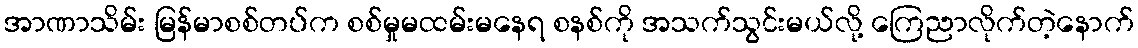
အာဏာသိမ်း မြန်မာစစ်တပ်က စစ်မှုမထမ်းမနေရ စနစ်ကို အသက်သွင်းမယ်လို့ ကြေညာလိုက်တဲ့နောက်